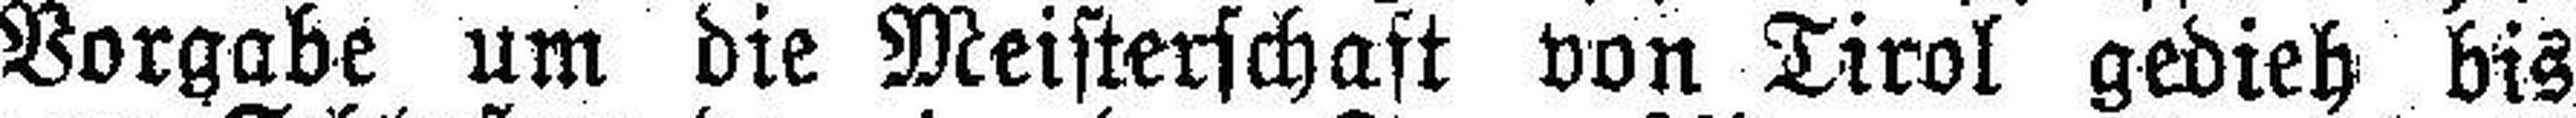
Vorgabe um die Meisterschaft von Tirol gedieh bis